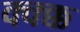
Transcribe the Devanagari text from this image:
क्क्क्क